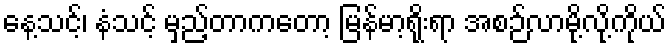
နေ့သင့်၊ နံသင့် မှည့်တာကတော့ မြန်မာ့ရိုးရာ အစဉ်လာမို့လို့ကိုယ်